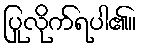
ပြုလိုက်ရပါ၏။